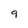
Character: 9